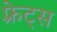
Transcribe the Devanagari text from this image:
फ़्रेट्स